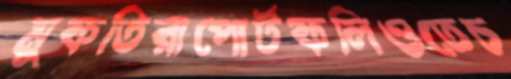
মুফতিরাপোর্টফলিওতেচ